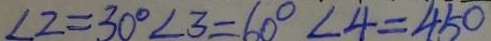
\angle 2 = 3 0 ^ { \circ } \angle 3 = 6 0 ^ { \circ } \angle 4 = 4 5 ^ { \circ }